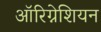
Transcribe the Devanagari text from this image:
ऑरिग्नेशियन